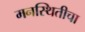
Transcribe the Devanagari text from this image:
मनस्थितीचा